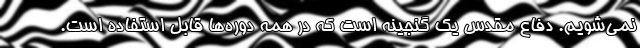
نمی‌شویم. دفاع مقدس یک گنجینه است که در همه دوره‌ها قابل استفاده است.